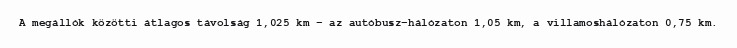
A megállók közötti átlagos távolság 1,025 km – az autóbusz-hálózaton 1,05 km, a villamoshálózaton 0,75 km.